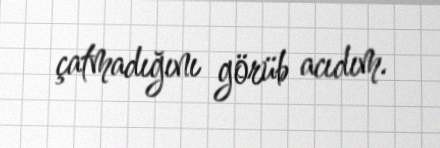
çatmadığını görüb acıdım.